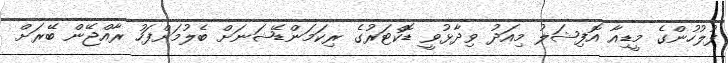
ފުލުހުންގެ މީޑިއާ އޮފިޝަލު މިއަދު ވިދާޅުވީ ޑޮކްޓަރުގެ ރިކަމަންޑޭޝަނަށް ބެލުމަށްފަހު ރާއްޖޭން ބޭރަށް